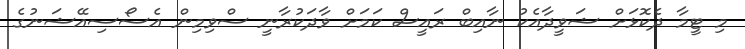
މި ޓީމާ ދެކޮޅަށް ޝަވީދާއެކު ނާއިބް ރައީސް ކަމަށް ވާދަކުރާނީ ސްވިމިން އެސޯސިއޭޝަނުގެ